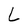
Character: L